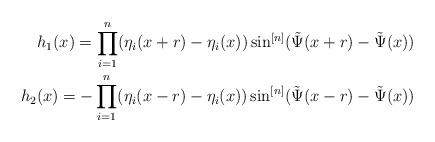
LaTeX: \begin{align*}h_1(x) = \prod_{i=1}^n(\eta_i(x+r)-\eta_i(x))\sin^{[n]}(\tilde \Psi(x+r)-\tilde \Psi(x))\\h_2(x) = - \prod_{i=1}^n(\eta_i(x-r)-\eta_i(x))\sin^{[n]}(\tilde \Psi(x-r)-\tilde \Psi(x))\end{align*}